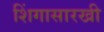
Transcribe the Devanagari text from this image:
शिंगासारखी